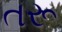
તરૂ